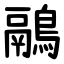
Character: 鷊